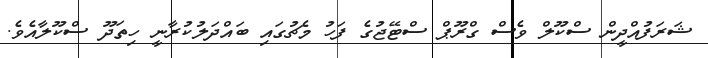
ޝަރަފުއްދީން ސްކޫލް ވެސް ގްރޫޕް ސްޓޭޖުގެ ފަހު މެޗުގައި ބައްދަލުކުރާނީ ހިތަދޫ ސްކޫލާއެވެ.